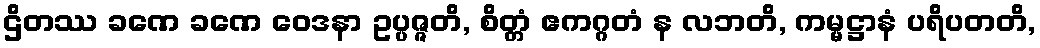
ဌိတဿ ခဏေ ခဏေ ဝေဒနာ ဥပ္ပဇ္ဇတိ, စိတ္တံ ဧကဂ္ဂတံ န လဘတိ, ကမ္မဋ္ဌာနံ ပရိပတတိ,